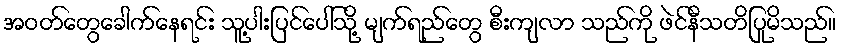
အဝတ်တွေခေါက်နေရင်း သူ့ပါးပြင်ပေါ်သို့ မျက်ရည်တွေ စီးကျလာ သည်ကို ဖဲင်နီသတိပြုမိသည်။